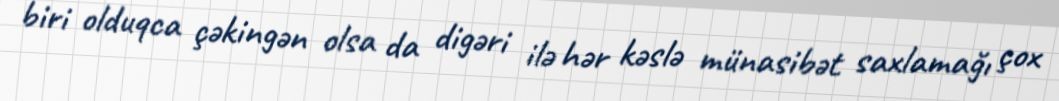
biri olduqca çəkingən olsa da digəri ilə hər kəslə münasibət saxlamağı çox